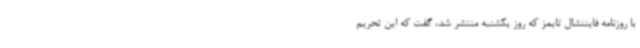
با روزنامه فایننشال تایمز که روز یکشنبه منتشر شد، گفت که این تحریم